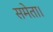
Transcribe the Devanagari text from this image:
समेता।